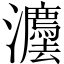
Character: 灋